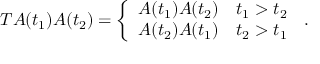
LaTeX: T A ( t _ { 1 } ) A ( t _ { 2 } ) = { \left\{ \begin{array} { l l } { A ( t _ { 1 } ) A ( t _ { 2 } ) } & { t _ { 1 } > t _ { 2 } } \\ { A ( t _ { 2 } ) A ( t _ { 1 } ) } & { t _ { 2 } > t _ { 1 } } \end{array} \right. } ~ .